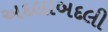
અદલાબદલી